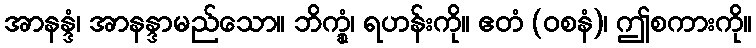
အာနန္ဒံ၊ အာနန္ဒာမည်သော။ ဘိက္ခုံ၊ ရဟန်းကို။ ဧတံ (ဝစနံ)၊ ဤစကားကို။